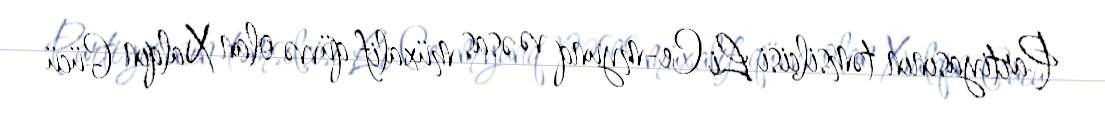
Partiyasının təmsilçisi Li Ce-myunq və əsas müxalif qüvvə olan Xalqın Gücü